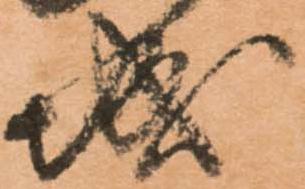
城